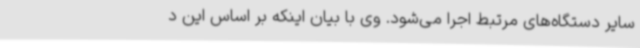
سایر دستگاه‌های مرتبط اجرا می‌شود. وی با بیان اینکه بر اساس این د